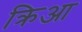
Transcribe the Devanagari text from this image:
क्रिआ